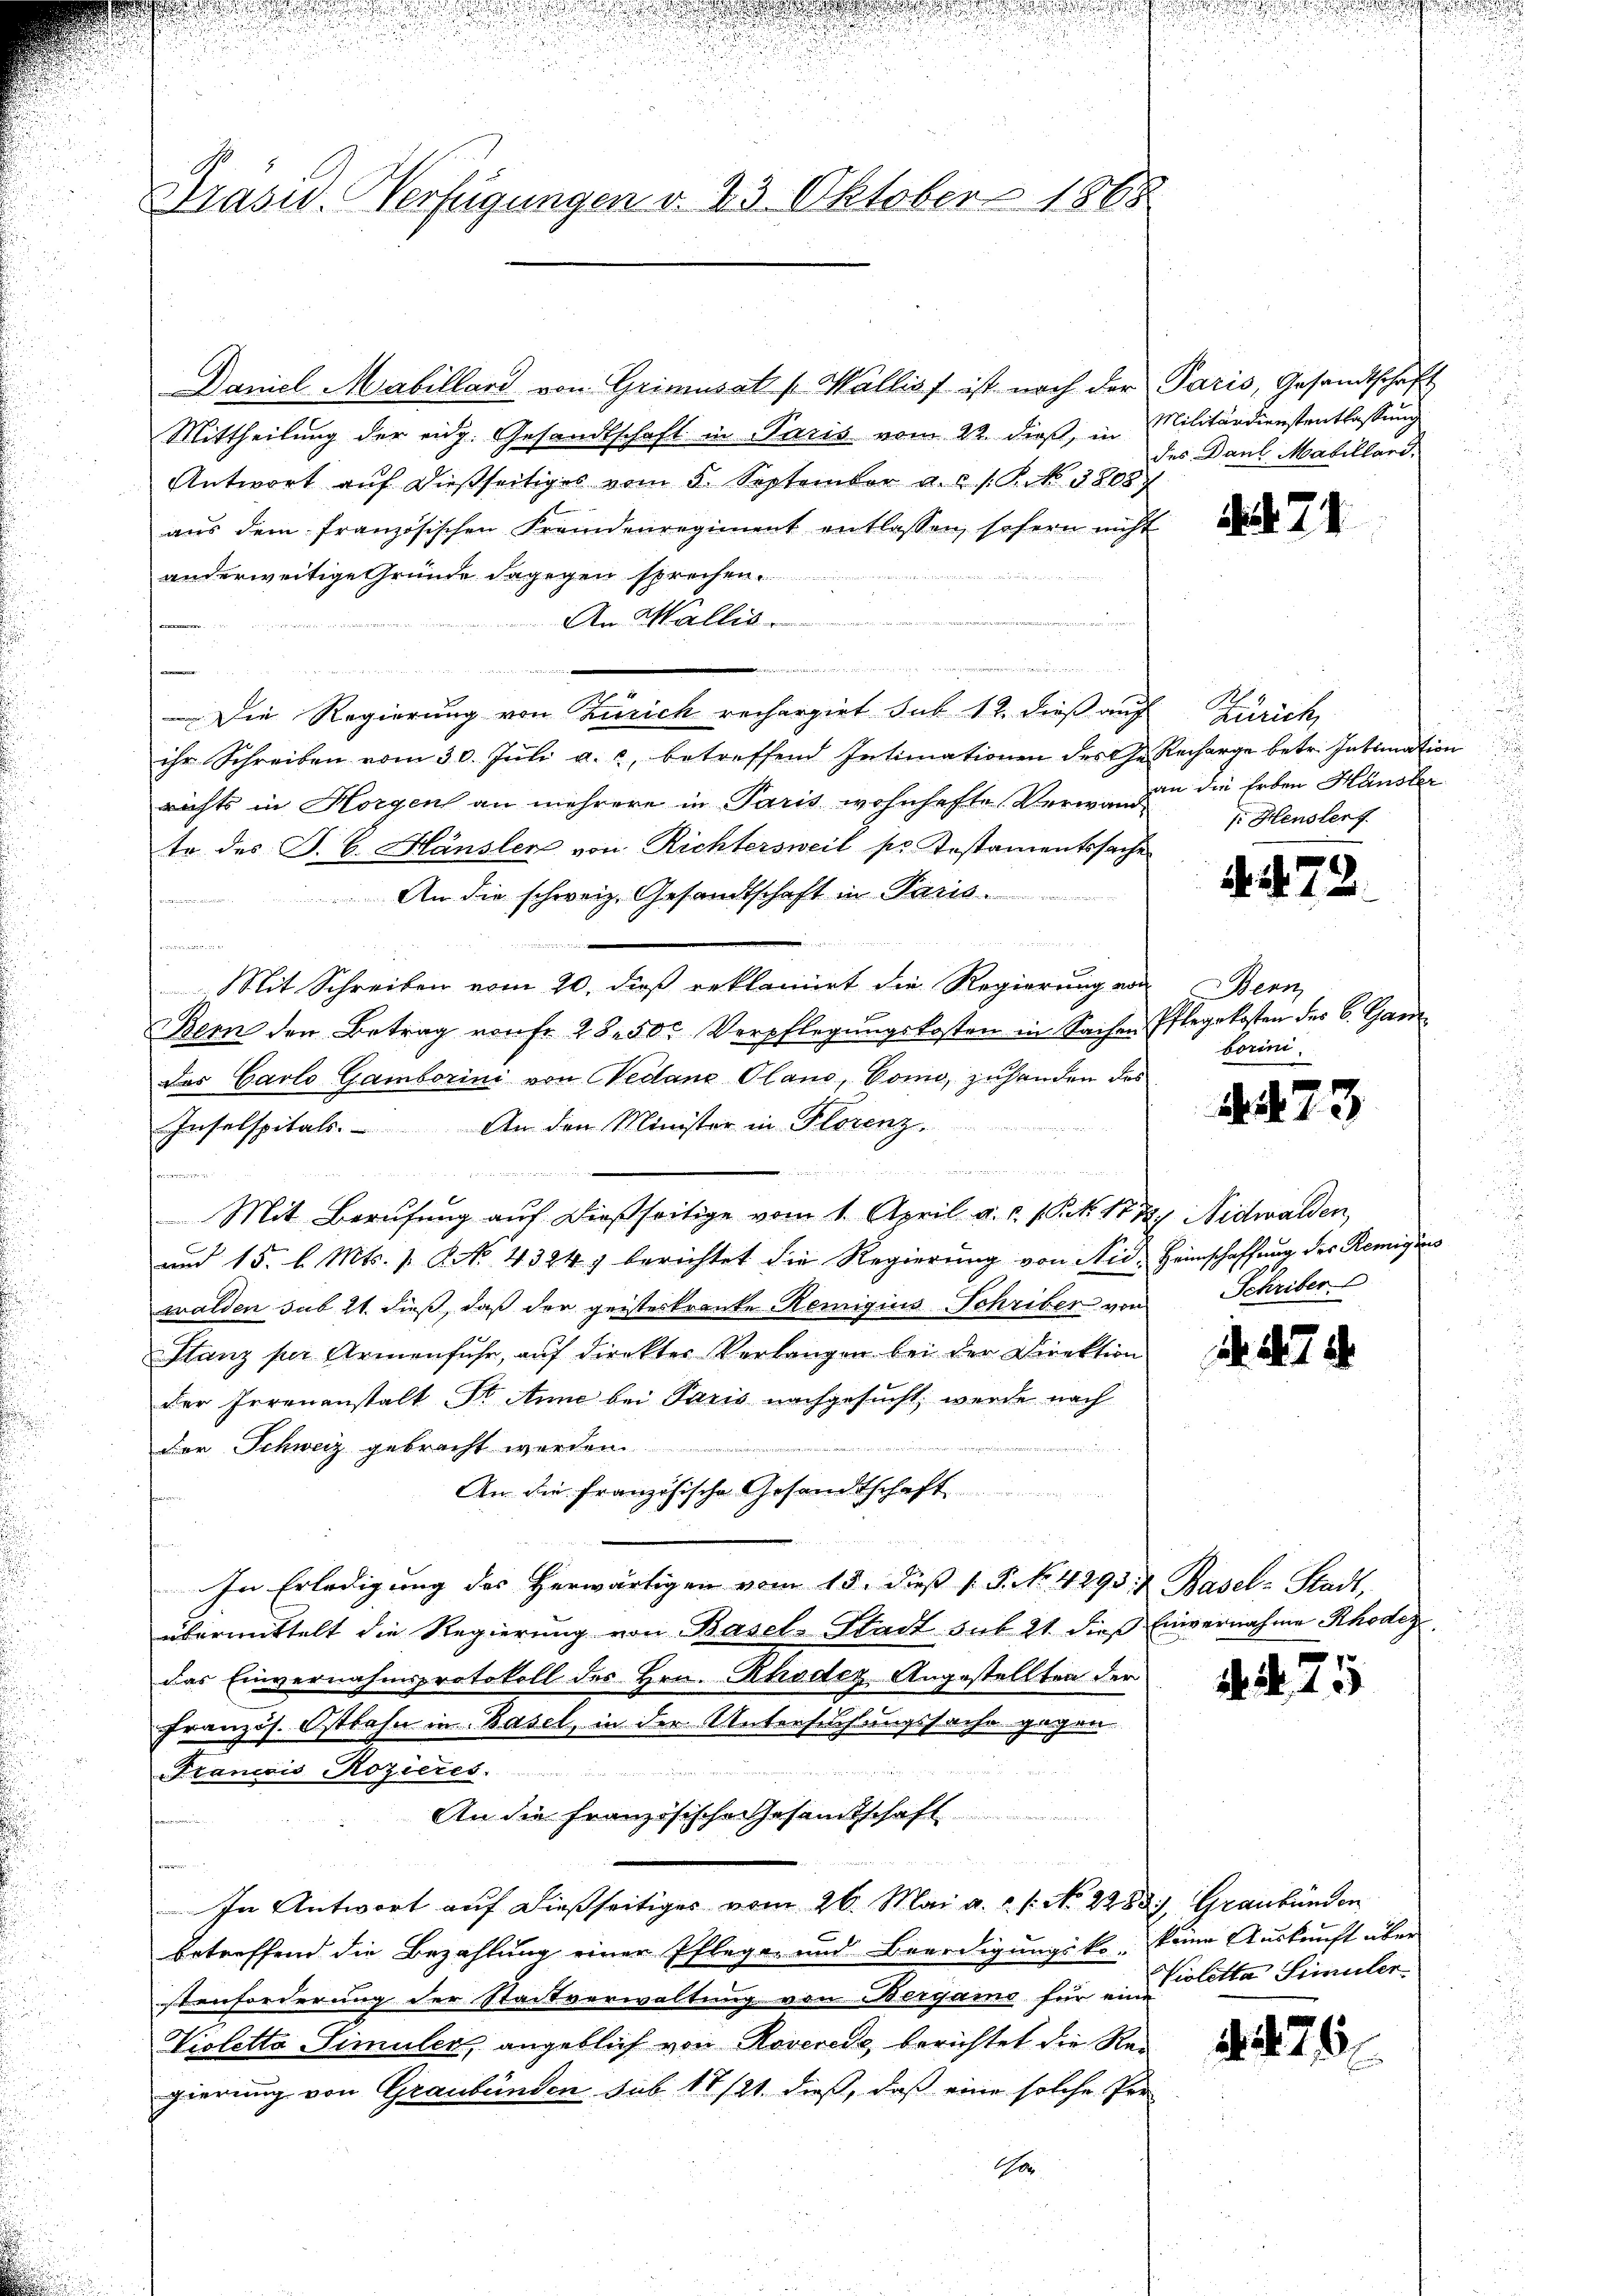
Präsid. Verfügungen d. 23. Oktober 1865

Mittheilung der eidg. Gesandtschaft in Paris vom 22. dieß, in Militärdienstentlassung
Antwort auf dießseitiges vom 5. September a. s. P. Nr. 3808
aus dem französischen Fremdenregiment entlassen, sofern nicht
anderweitige Gründe dagegen sprechen.

An Wallis.

n
.
Die Regierung von Zürich rechergiet sub 12. dieß auf Zürich,
ihr Schreiben vom 30. Jŭli a. c. betreffend Intimationen der Ge-
richts in Horgen an mehrere in Paris wohnhafte Verwand-
te des J. C. Hänsler von Richtersweil pr Instamentssache
An die schweiz. Gesandtschaft in Paris

 nicht eine

Mit Schreiben vom 20. dieß reklamirt die Regierung von
Bern den Betrag von fr. 28. 50. Verpflegŭngskosten in Sachen
der Carlo Gamborini von Nedans Olans, Como, zuhanden das
An den Minister in Florenz
Inselspitals.

n
Mit Berufung auf dießseitige vom 1. April a. c. 1 Pkt. 177, Nidwalden,
und 15. l. Mts. 1. No. 4324) berichtet die Regierung von Nid. Heimschaffung des Remigions
walden sub 21. dieß, daß der geisterkranke Remigius Schriber von Schriber
Stanz per Armenfuhr, auf direktes Verlangen bei der Direktion
der Irrenanstalt Dr. Anne bei Paris nachgesucht, werde nach
der Schweiz gebracht werden.
An die Französische Gesandtschaft
In Erledigung des Herwärtigen vom 15. dieß ( P. No. 4293. Basel-Stadt,
übermittelt die Regierung von Basel-Stadt sub 21. dies Einvernahme Rhodez
das Einvernahmsprotokoll des Hrn. Rhoder Angestellten der
Französ. Ostbahn in Basel, in der Untersuchungssache gegen-
Francois Rozieres.
An die Französische Gesamtschaft
 5 f 0 x
Fr
In Antwort auf dießseitiges vom 26. Mai a. ..  No. 2988.) Graubünden
betreffend die Bezahlung einer Pflegen und Beerdigungsko- keine Auskunft über
stenforderung der Stadtverwaltung von Bergamo für ein letta Simulen
Violetta-Simuler, angeblich von Roverede berichtet die Rei
gierung von Graubünden sub 17/21. dieß, daß eine solche Per-

Daniel Mabillard von Grimusal (Wallist ist nach der Paris, Gesandtschaft

Co

des Daul Matillard,

1 § 74.

Recharge betr. Intimation
an die Erben Hänsler
 Hensler.

1. d. 72.

Herr
Pflegekosten des C. Gan
borini

. 423

. 278

275

§ 276.